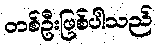
တစ်ဦးဖြစ်ပါသည်